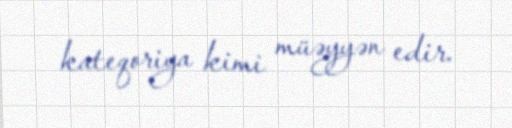
kateqoriya kimi müəyyən edir.